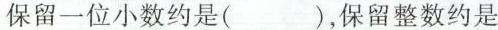
保留一位小数约是( )，保留整数约是